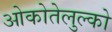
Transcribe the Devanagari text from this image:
ओकोतेलुल्को